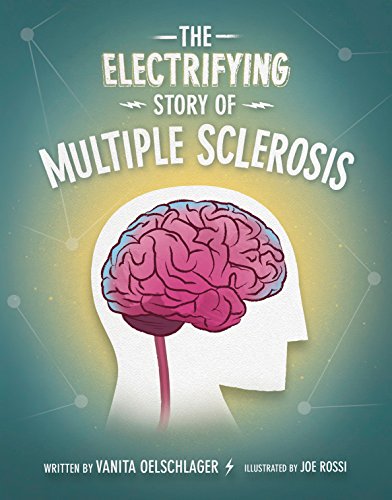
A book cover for The Electrifying Story Of Multiple Sclerosis; Vanita Oelschlager; Health, Fitness & Dieting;